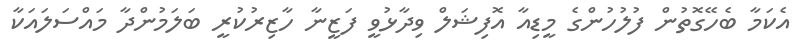
އެކަމާ ބެހޭގޮތުން ފުލުހުންގެ މީޑިއާ އޮފިޝަލް ވިދާޅުވީ ފަޒީނާ ހާޒިރުކުރީ ބަލަމުންދާ މައްސަލައަކާ